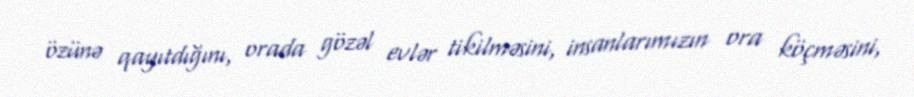
özünə qayıtdığını, orada gözəl evlər tikilməsini, insanlarımızın ora köçməsini,